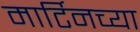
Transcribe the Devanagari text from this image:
मार्टिनच्या